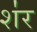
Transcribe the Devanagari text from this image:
श॑र